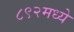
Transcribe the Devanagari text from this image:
८९२मध्ये